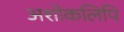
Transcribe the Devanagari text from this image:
अशोकलिपि